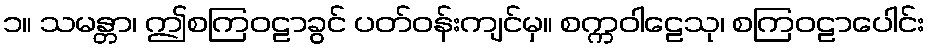
၁။ သမန္တာ၊ ဤစကြဝဠာခွင် ပတ်ဝန်းကျင်မှ။ စက္ကဝါဠေသု၊ စကြဝဠာပေါင်း